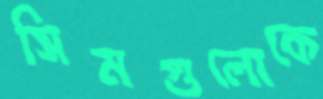
সিমগুলোকে